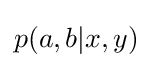
p(a,b|x,y)